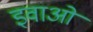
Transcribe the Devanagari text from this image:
इवाओ